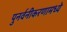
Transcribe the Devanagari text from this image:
पुनर्वनीकरणामध्ये